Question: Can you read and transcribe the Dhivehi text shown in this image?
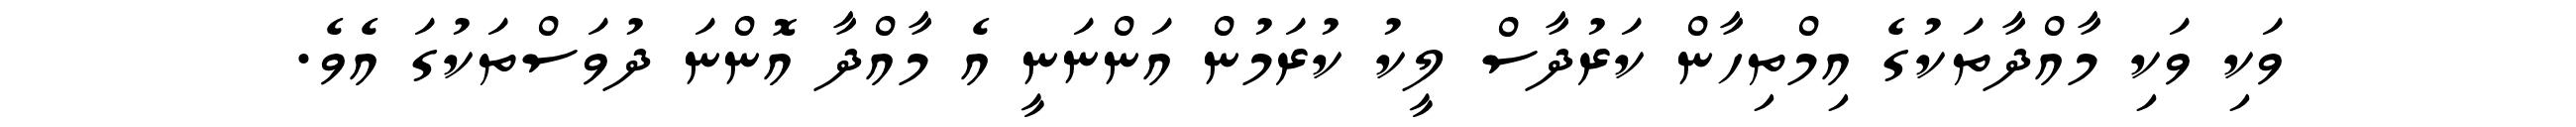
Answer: ވަކި ވަކި މާއްދާތަކުގެ އިމްތިހާން ކަރުދާސް ލީކު ކުރަމުން އަންނަނީ އެ މާއްދާ އޮންނަ ދުވަސްތަކުގަ އެވެ.